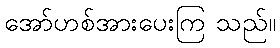
အော်ဟစ်အားပေးကြ သည်။